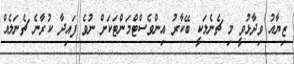
ޒިޔާއު ވިދާޅުވީ މި ޗެނެލަކީ ބޭކާރު އިންވެސްޓްމަންޓަކަށް ނުވެ ފައިދާ ކުރާނެ ޗެނަލެއް